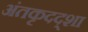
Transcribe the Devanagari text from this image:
अंतकृदद्शा